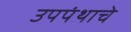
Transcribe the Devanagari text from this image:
उपपंथाचे